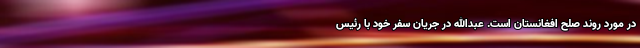
در مورد روند صلح افغانستان است. عبدالله در جریان سفر خود با رئیس‌